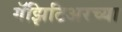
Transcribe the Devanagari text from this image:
गॅझिटिअरच्या